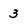
Character: 3